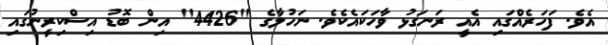
އެވެ. ފަހަރެއްގައި އެއީ ރަނގަޅު ވާހަކައެކެވެ. ނަހުލާގެ "4426" އިން ބޮޑު އިސްކިރީނުގައި